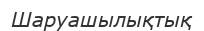
Шаруашылықтық